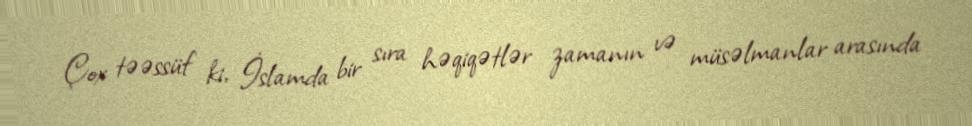
Çox təəssüf ki, İslamda bir sıra həqiqətlər zamanın və müsəlmanlar arasında